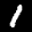
Label: 1